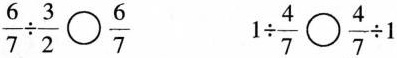
$$\frac{6}{7}\div \frac{3}{2} \bigcirc{} \frac{6}{7}$$ $$1 \div \frac{4}{7} \bigcirc{} \frac{4}{7}\div 1$$